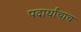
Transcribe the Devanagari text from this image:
पदार्थांचाच